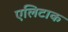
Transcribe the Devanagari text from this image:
एलिटाक